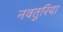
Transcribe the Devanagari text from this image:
नवतुरिया